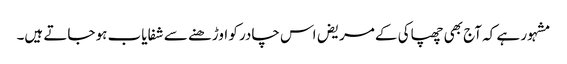
مشہور ہے کہ آج بھی چھپاکی کے مریض اس چادر کو اوڑھنے سے شفایاب ہو جاتے ہیں۔